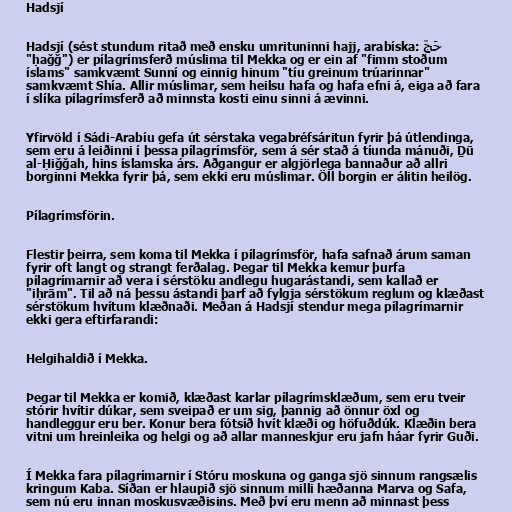
Hadsjí

Hadsjí (sést stundum ritað með ensku umrituninni hajj, arabíska: حَجّ
"ḥaǧǧ") er pílagrímsferð múslima til Mekka og er ein af "fimm stoðum
íslams" samkvæmt Sunní og einnig hinum "tíu greinum trúarinnar"
samkvæmt Shía. Allir múslimar, sem heilsu hafa og hafa efni á, eiga að fara
í slíka pílagrímsferð að minnsta kosti einu sinni á ævinni.

Yfirvöld í Sádi-Arabíu gefa út sérstaka vegabréfsáritun fyrir þá útlendinga,
sem eru á leiðinni í þessa pílagrímsför, sem á sér stað á tíunda mánuði, Ḏū
al-Ḥiǧǧah, hins íslamska árs. Aðgangur er algjörlega bannaður að allri
borginni Mekka fyrir þá, sem ekki eru múslimar. Öll borgin er álitin heilög.

Pílagrímsförin.

Flestir þeirra, sem koma til Mekka í pílagrímsför, hafa safnað árum saman
fyrir oft langt og strangt ferðalag. Þegar til Mekka kemur þurfa
pílagrímarnir að vera í sérstöku andlegu hugarástandi, sem kallað er
"iḥrām". Til að ná þessu ástandi þarf að fylgja sérstökum reglum og klæðast
sérstökum hvítum klæðnaði. Meðan á Hadsjí stendur mega pílagrímarnir
ekki gera eftirfarandi:

Helgihaldið í Mekka.

Þegar til Mekka er komið, klæðast karlar pílagrímsklæðum, sem eru tveir
stórir hvítir dúkar, sem sveipað er um sig, þannig að önnur öxl og
handleggur eru ber. Konur bera fótsíð hvít klæði og höfuðdúk. Klæðin bera
vitni um hreinleika og helgi og að allar manneskjur eru jafn háar fyrir Guði.

Í Mekka fara pílagrímarnir í Stóru moskuna og ganga sjö sinnum rangsælis
kringum Kaba. Síðan er hlaupið sjö sinnum milli hæðanna Marva og Safa,
sem nú eru innan moskusvæðisins. Með því eru menn að minnast þess